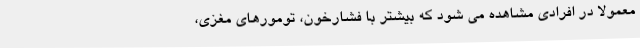
معمولاً در افرادی مشاهده می شود که بیشتر با فشارخون، تومورهای مغزی،